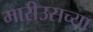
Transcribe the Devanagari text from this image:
मारीउसच्या